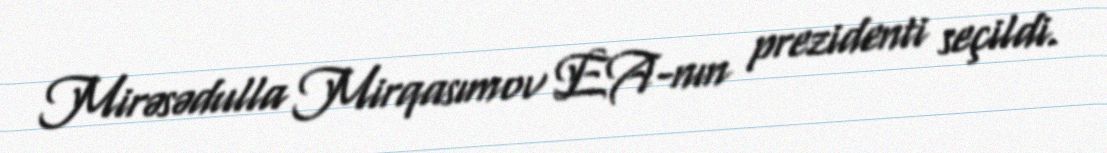
Mirəsədulla Mirqasımov EA-nın prezidenti seçildi.